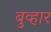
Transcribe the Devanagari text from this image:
बुव्हार